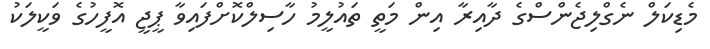
މެޑިކަލް ނެގްލިޖެންސްގެ ދާއިރާ އިން މަތީ ތައުލީމު ހާސިލްކޮށްފައިވާ ޕީޖީ އޮފީހުގެ ވަކީލަކު